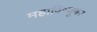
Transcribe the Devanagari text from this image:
महाविष्णूवर